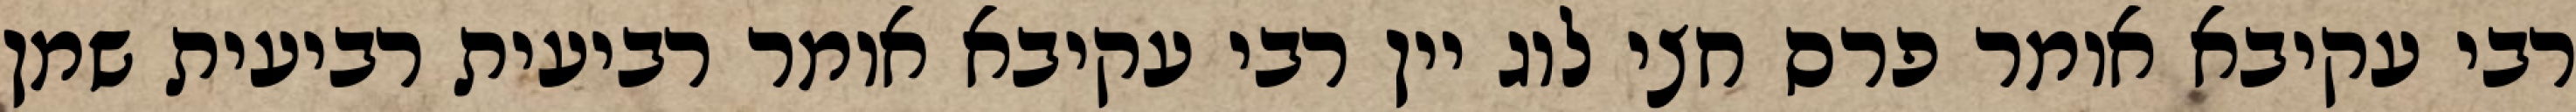
רבי עקיבא אומר פרס חצי לוג יין רבי עקיבא אומר רביעית רביעית שמן